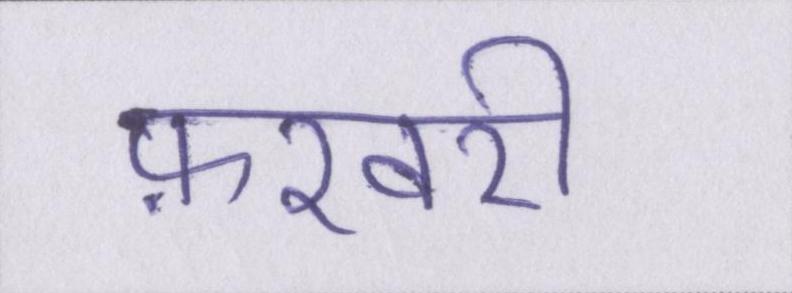
फ़रवरी